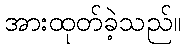
အားထုတ်ခဲ့သည်။